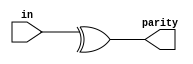
//2022-06-05 
//Reduction operatorsReduction
module top_module (
    input [7:0] in,
    output parity); 

assign parity= ^ in[7:0];

endmodule